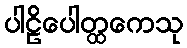
ပါဠိပေါတ္ထကေသု